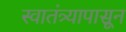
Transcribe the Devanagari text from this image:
स्वातंत्र्यापासून